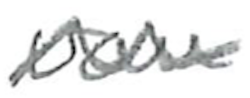
Text: van
Cross-out: wave
Writing tool: pencil